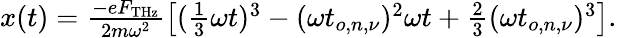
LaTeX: \begin{array}{r}{x(t)=\frac{-eF_{\mathrm{THz}}}{2m\omega^{2}}\left[(\frac{1}{3}\omega t)^{3}-(\omega t_{o,n,\nu})^{2}\omega t+\frac{2}{3}(\omega t_{o,n,\nu})^{3}\right].}\end{array}